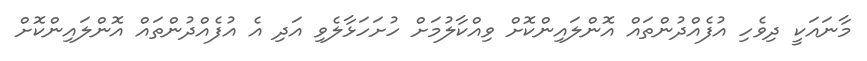
މާނައަކީ ދިވެހި އުފެއްދުންތައް އޮންލައިންކޮށް ވިއްކާލުމަށް ހުށަހަޅާލެވި އަދި އެ އުފެއްދުންތައް އޮންލައިންކޮށް